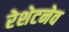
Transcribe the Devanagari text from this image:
रेशेटनेव